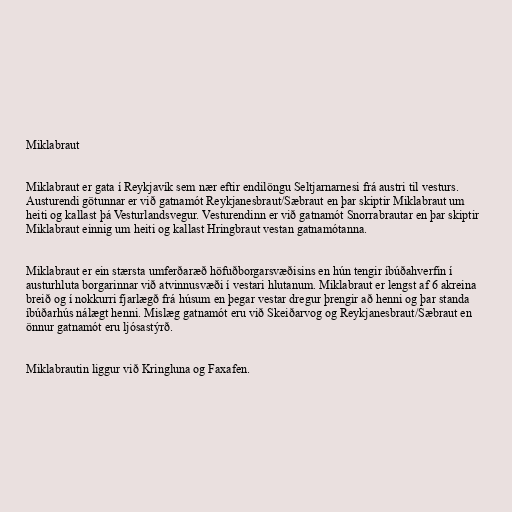
Miklabraut

Miklabraut er gata í Reykjavík sem nær eftir endilöngu Seltjarnarnesi frá austri til vesturs.
Austurendi götunnar er við gatnamót Reykjanesbraut/Sæbraut en þar skiptir Miklabraut um
heiti og kallast þá Vesturlandsvegur. Vesturendinn er við gatnamót Snorrabrautar en þar skiptir
Miklabraut einnig um heiti og kallast Hringbraut vestan gatnamótanna.

Miklabraut er ein stærsta umferðaræð höfuðborgarsvæðisins en hún tengir íbúðahverfin í
austurhluta borgarinnar við atvinnusvæði í vestari hlutanum. Miklabraut er lengst af 6 akreina
breið og í nokkurri fjarlægð frá húsum en þegar vestar dregur þrengir að henni og þar standa
íbúðarhús nálægt henni. Mislæg gatnamót eru við Skeiðarvog og Reykjanesbraut/Sæbraut en
önnur gatnamót eru ljósastýrð.

Miklabrautin liggur við Kringluna og Faxafen.